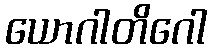
ယောဂါတိဂေါ